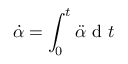
\dot { \alpha } = \int _ { 0 } ^ { t } \ddot { \alpha } \mathrm { ~ d ~ } t